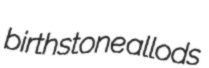
birthstone allods